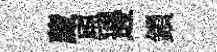
蔵風邊鎻